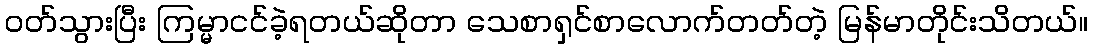
ဝတ်သွားပြီး ကြမ္မာငင်ခဲ့ရတယ်ဆိုတာ သေစာရှင်စာလောက်တတ်တဲ့ မြန်မာတိုင်းသိတယ်။